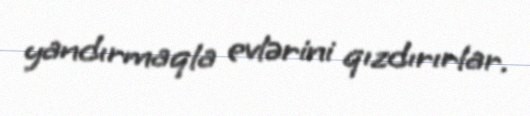
yandırmaqla evlərini qızdırırlar.